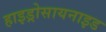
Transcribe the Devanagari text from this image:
हाइड्रोसायनाइड